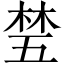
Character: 𬂽